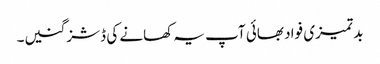
بد تمیزی فواد بھائی آپ یہ کھانے کی ڈشز گنیں۔